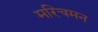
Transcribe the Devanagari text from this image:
मरिचमन